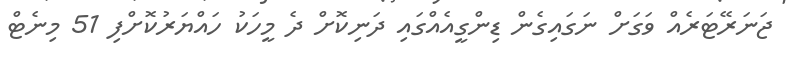
ޖަނަރޭޓަރެއް ވަގަށް ނަގައިގެން ޑިންގީއެއްގައި ދަނިކޮށް ދެ މީހަކު ހައްޔަރުކޮށްފި 51 މިނެޓް